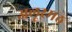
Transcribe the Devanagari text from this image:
अलूरमठ